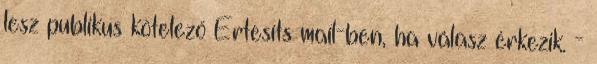
lesz publikus kötelező Értesíts mail-ben, ha válasz érkezik. -